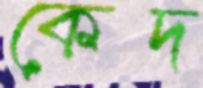
কেদ